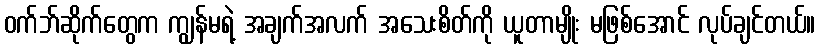
ဝက်ဘ်ဆိုက်တွေက ကျွန်မရဲ့ အချက်အလက် အသေးစိတ်ကို ယူတာမျိုး မဖြစ်အောင် လုပ်ချင်တယ်။